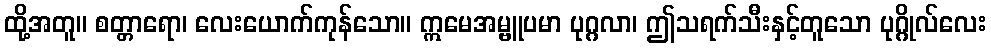
ထို့အတူ။ စတ္တာရော၊ လေးယောက်ကုန်သော။ ဣမေအမ္ဗူပမာ ပုဂ္ဂလာ၊ ဤသရက်သီးနှင့်တူသော ပုဂ္ဂိုလ်လေး